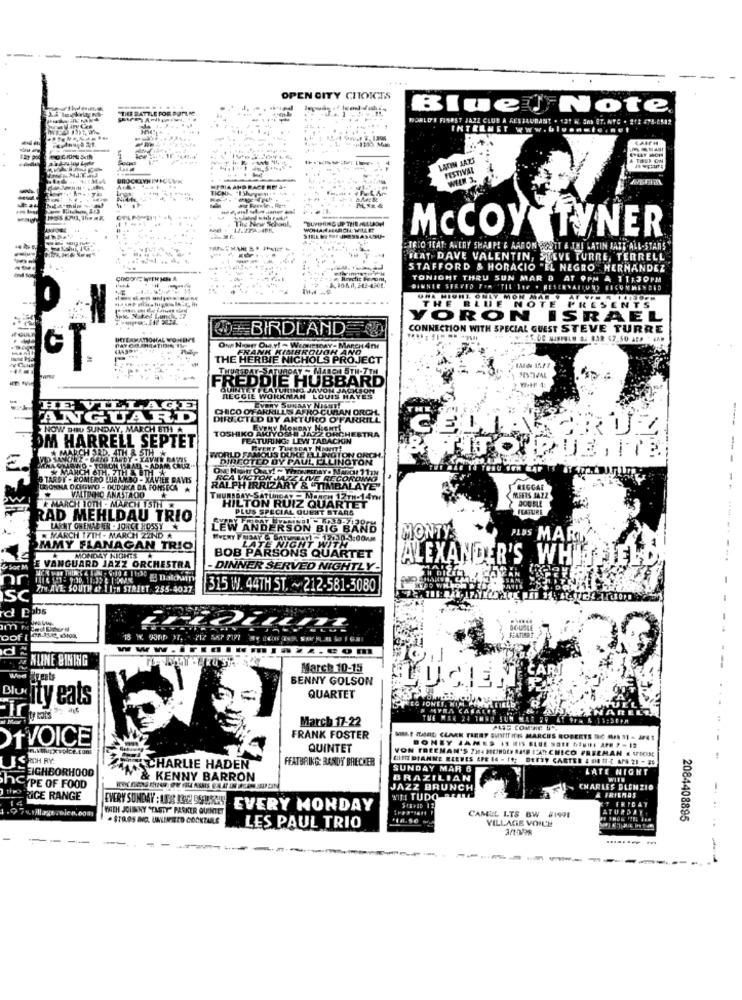
OPEN CITY CHOICES
THE BATTLE POR POPLI
Blue Note
WORLD'S FINEST JAZZ CLUB A RESTAURANT . 13T W. SOs BT. NTC . 212 478-2582
INTERNET www.bl .......
LATIN JAZZ
PUT ON
FESTIVAL
WELK 3.
-
TICHA
PRIA AND RACE BO JA
"IShoyest
The Few Soha
McCOY TYNER
=TALO HEAT: AVERY SHARPE & AARON BOETT & THE LATIN JAZZ ALL-STARS
TEAT DAVE VALENTIN, STEVE TURRE, TERRELL
STAFFORD & HORACIO "EL NEGRO HERNANDEZ
TONIGHT THRU SUN MAR D AT 9PM & 11:30PM
DIWNIE SERVED FOR TIL 1OP . RESERVAILUND FICONWENDED
0
VORON ISRAEL
BIRDLAND
CONNECTION WITH SPECIAL GUEST STEVE TURRE
FRANK KIMBROUGH ANO
THE HERBIE NICHOLS PROJECT
THESE HUBBARD
F. MARCH 5TH-7TH
QUINTET FEATURING JAVOM JACKSON
REGGIE WORKMAN LOUIS HAYES
HE VILLAGE
CHICO OF AKKILLS AFRO CURAN ORCH.
EVERY SUNDAY NIGHT
ANGUARD
DIRECTED BY ARTURO O'FARRILL
NOW DIBU SUNDAY, MARCH 8TH A
EVERY MONDAY NIGHT
TOSHIKO AMIYORIN JAZZ ORCHESTRA
FEATURING: LEW TABACKIN
CELL
DM HARRELL SEPTET
REVERT TUESDAY NAOHT
MARCHSRD, ATH & STHAT
WORLD FAMOUS DUKE ELLINGTON OR
DIRECTED BY PAUL ELLINGTON
B TARDY - ROMERO LUBAV.DO - XAVIER DAVIS
RALPH IRRIZARY & UTMSAY
UGONNA OXIGWO - DUDJICA DA FONSECA
--
VMATINHO ANASTAOO
THURSDAY-SATURDAY - Magen 12TH-147
REGIS JAZZ
DOUBLE
MARCH IOTH - MARCH 15TH
HILTON RUIZ QUARTET
PLUS SPECIAL QUEST STARS
FEATURE
RAD MEHLDAU TRIO
LARRY ON ENACIER - JORGE HOSSY
DERSON BIG BAND
MARCH 17TH - MARCH 22ND
MONTY
PIDS MARK
MAMY FLANAGAN TRIO
NIGHT WIT
MONDAY NIGHTS
BOB PARSONS QUARTE
ALEXANDER'S WHITFIEL
& Sor M
F VANGUARD JAZZ ORCHESTRA
DINNER SERVED NIGHTLY-
ZIM AVE: SOUTH &t 1 IEn STREET 255-4037
315 W. 44TH ST. ~ 212-581-3080
ISC
d
7 2
WWW
ALINE BINING
-
March 10-15
BENNY GOLSON
LUCIEN CARI
Bijty eats
QUARTET
ir
March 17-22
ALIG COMME D'.
FRANK FOSTER
MeLE MAIRE; CLARK TREST SUISITIES MARCUS ROBERTS DE AF 3 + AFE!
OfVOICE
QUINTET
VON FREEMAN'S ?)4 MUNDOY AMS L'ARCHICO FREEMAN & VECES
BONEY JAMES IS RIS BLUE NOTE DENISE APM F - 12
LISAHRY
FEATURING: RANDY BRECKER
CHIS DIANNE REEVES EPR 14 - If: BERTY CARTER & HO II " APA 21 - 25
EIGHBORHOOD
CHARLIE HADEN
SUNDAY MAR 6
LATE NIGHT
N & KENNY BARRON
BRAZILIAN
WITH
hCIPE OF FOOD
thes
JAZZ BRUNC
21 CHARLES DLENZIO
& FRIEMOS
14
RIGE RANGE
WINI TUDO REALL
SIEVID 12
FRICAY
WEH JOINY "TASTY" PARKER QUENTET
EVERY SUNDAY : 158 192 SOUCY EVERY MONDAY
ATURDAY
18.56 m
CAMEL LTS BW 81991
VILLAGE VOICE
2084408895
LES PAUL TRIO
3/1998